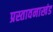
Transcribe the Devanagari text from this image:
प्रस्तावनाखंड